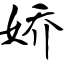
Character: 娇